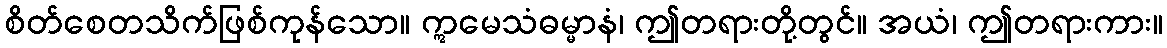
စိတ်စေတသိက်ဖြစ်ကုန်သော။ ဣမေသံဓမ္မာနံ၊ ဤတရားတို့တွင်။ အယံ၊ ဤတရားကား။